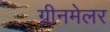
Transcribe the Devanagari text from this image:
ग्रीनमेलर